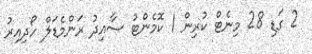
2 ގަޑި 28 މިނެޓް ކުރިން 1 ކޮމެންޓު ސާއިދު ރަންމެޑަލް ހޯދިއިރު